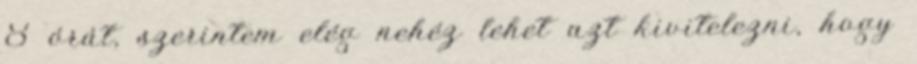
8 órát, szerintem elég nehéz lehet azt kivitelezni, hogy